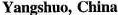
Yangshuo, China